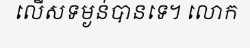
លើសទម្ងន់បានទេ។ លោក